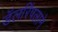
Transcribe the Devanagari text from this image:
डॅलरिंपलाने